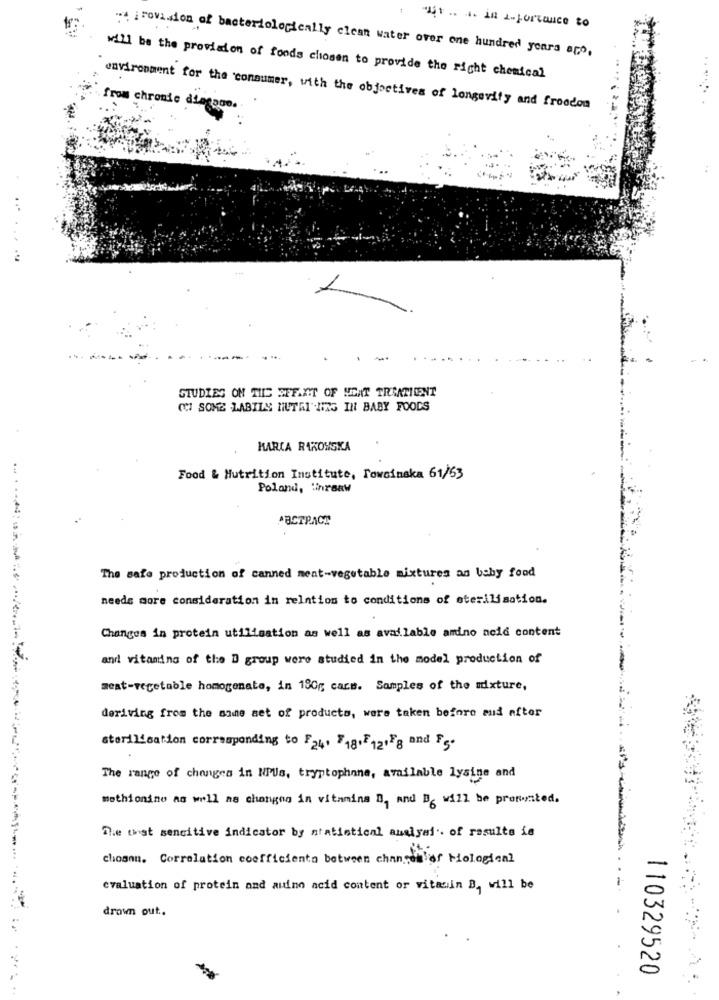
1 151 .. . in importance to
.- irovision of bacteriologically clean water over one hundred years app,
will be the provision of foods chosen to provide the right chemical
environment for the consumer, with the objectives of longevity and froodon
from chronic dingago
.....
STUDIES ON TILC SEFAIT OF MEAT TRANTEENT
ON SOME LABILY NUTRI" NES IN BABY FOODS
MARIA RAKOUSKA
Food & Nutrition Institute, Towcinska 61/63
Poland, Winreaw
ABCTRACT
The safe production of canned meat-vegetable mixtures an baby food
needs more consideration in relation to conditions of sterilisation.
Changes in protein utilisation as well as available amino acid content
and vitamins of the D group were studied in the model production of
seat-vegetable homogenate, in 180g cars. Samples of the mixture,
deriving from the same set of products, were taken before mud after
sterilisation corresponding to F24. $18.121Fg and Fs-
The range of changes in NPUs, tryptophane, available lysine and
methionine as well as changes in vitamina D, and B6 will be presented.
The that sensitive indicator by statistical analyal'. of results in
choann. Correlation coefficients between changes er Miological
evaluation of protein and mudin neid content or vitamin B will be
drown out ..
110329520